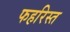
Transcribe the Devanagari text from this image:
फहरिस्त